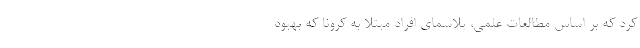
کرد که بر اساس مطالعات علمی، پلاسمای افراد مبتلا به کرونا که بهبود